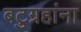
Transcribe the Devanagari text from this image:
बटुग्रहांना